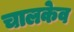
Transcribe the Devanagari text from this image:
चालकेव